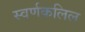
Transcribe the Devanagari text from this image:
स्वर्णकलिल